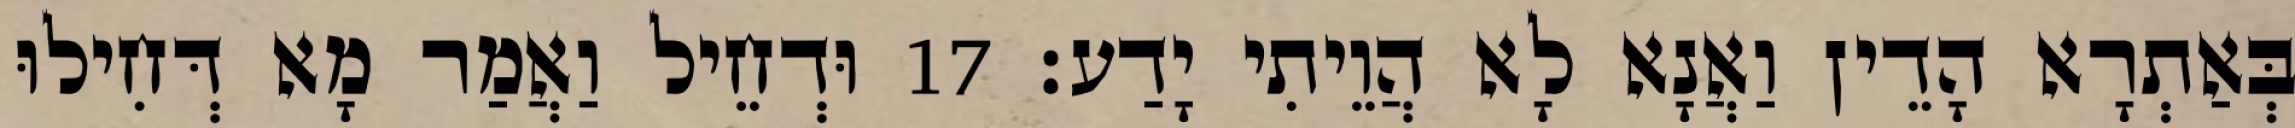
בְּאַתְרָא הָדֵין וַאֲנָא לָא הֲוֵיתִי יָדַע׃ 17 וּדְחֵיל וַאֲמַר מָא דְּחִילוּ